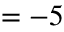
= - 5